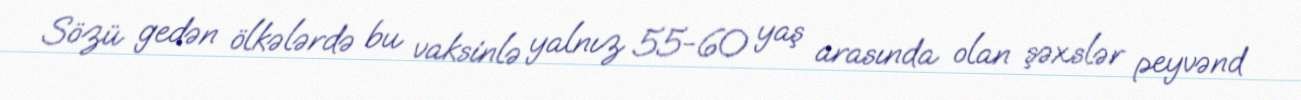
Sözü gedən ölkələrdə bu vaksinlə yalnız 55-60 yaş arasında olan şəxslər peyvənd